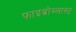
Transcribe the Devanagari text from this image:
फ़ाइब्रोब्लास्ट